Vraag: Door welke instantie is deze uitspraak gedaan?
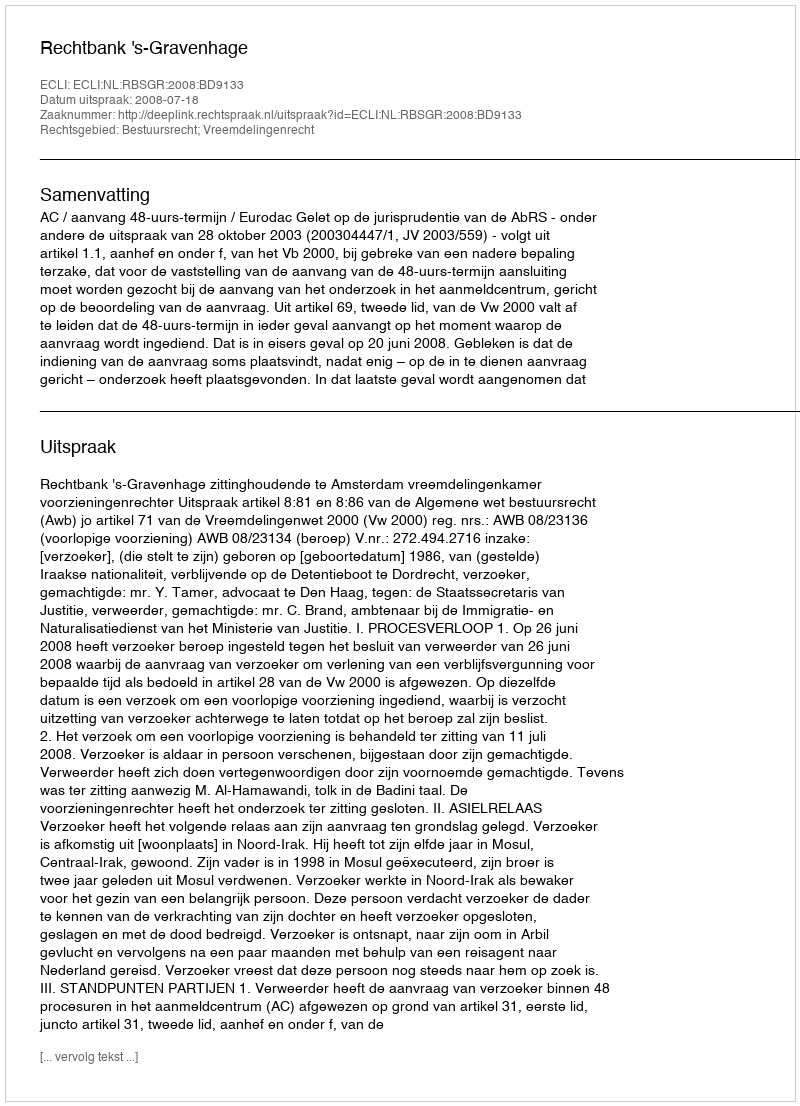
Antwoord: Rechtbank 's-Gravenhage